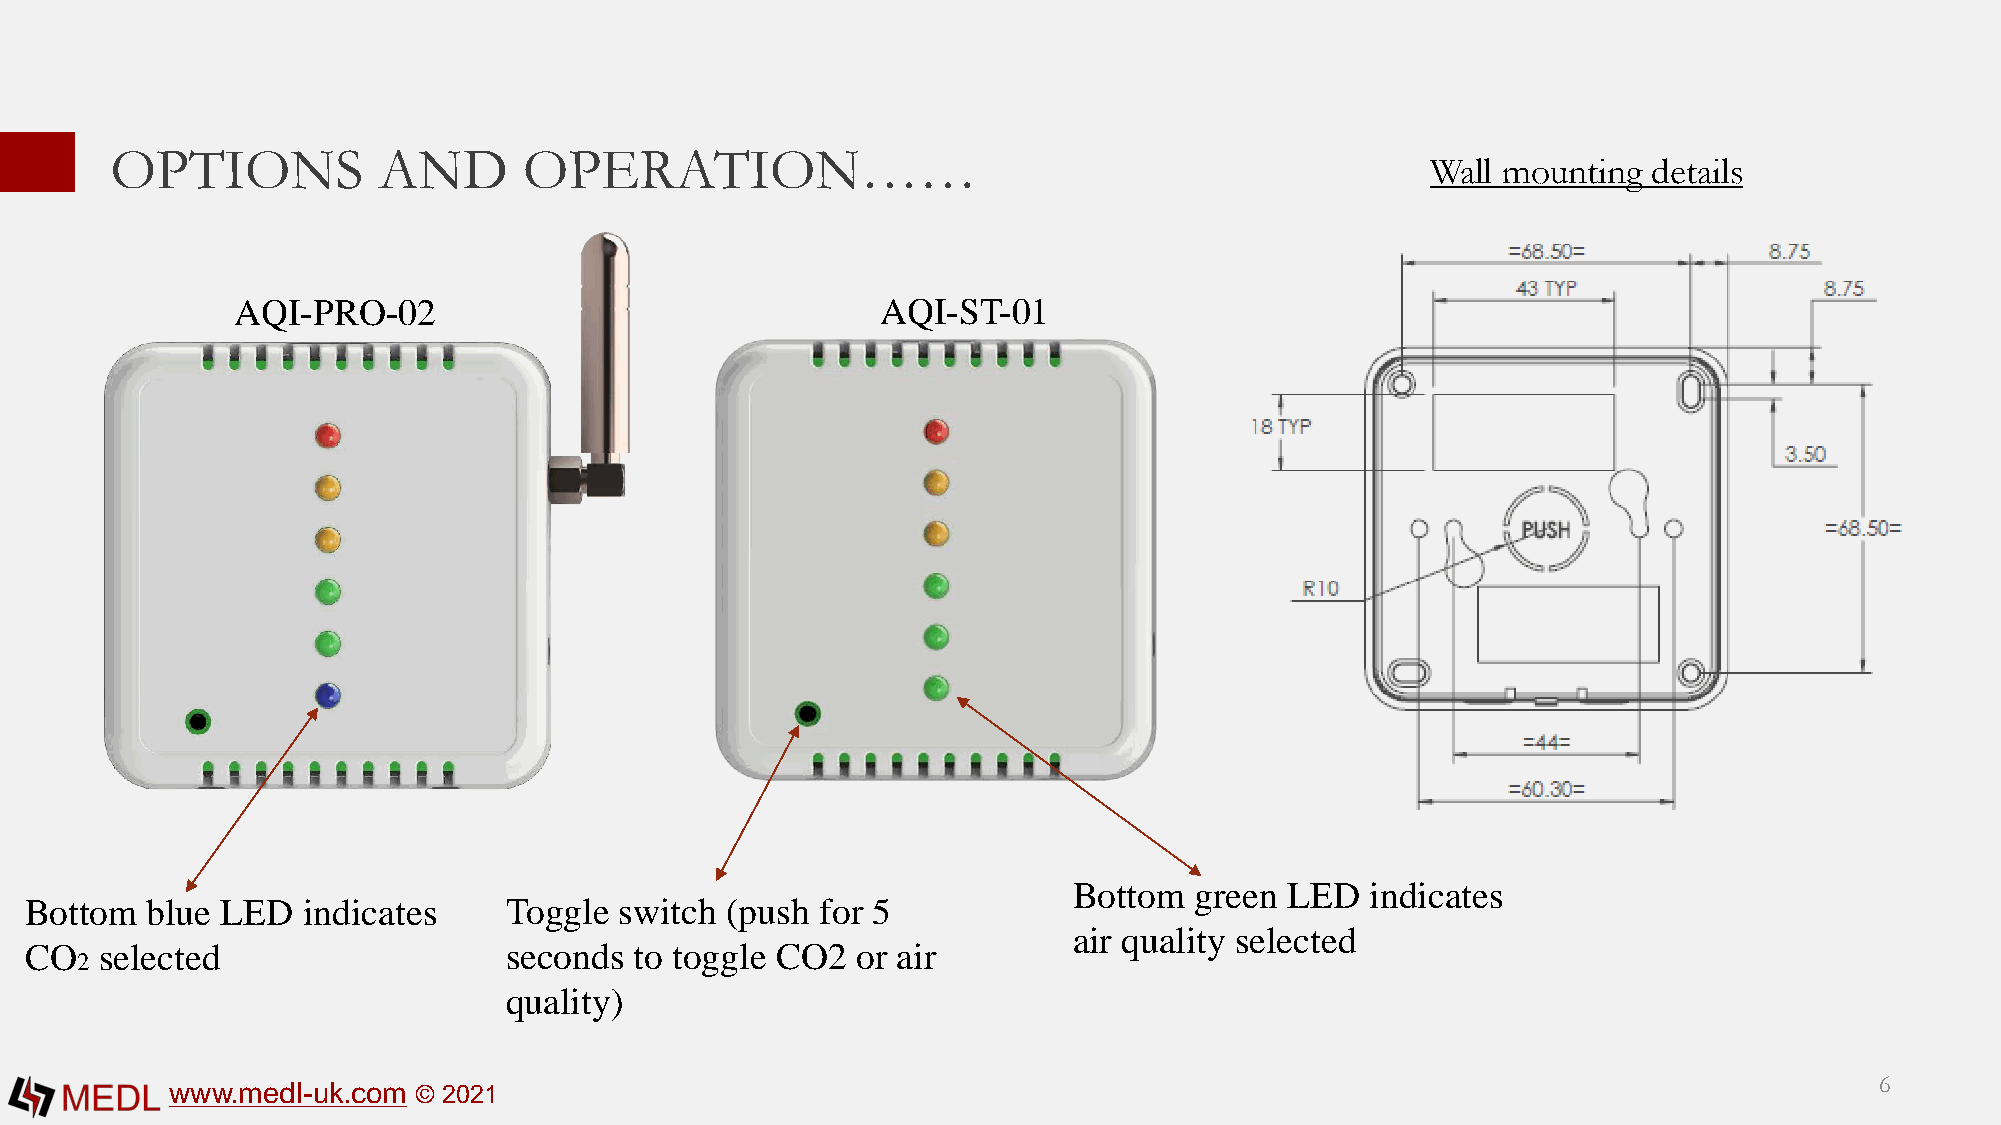
OPTIONS           AND       OPERATION……
 Wall mounting details
 AQI-PRO-02                                 AQI-ST-01
 Bottom  green LED   indicates
 Bottom  blue LED  indicates     Toggle switch (push for 5
 air quality selected
 CO   selected                   seconds to toggle CO2  or air
 2
 quality)
 www.medl-uk.com © 2021                                                                                           6